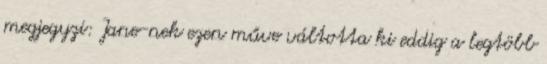
megjegyzi: Jane-nek ezen műve váltotta ki eddig a legtöbb